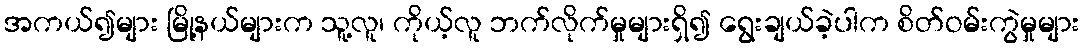
အကယ်၍များ မြို့နယ်များက သူ့လူ၊ ကိုယ့်လူ ဘက်လိုက်မှုများရှိ၍ ရွေးချယ်ခဲ့ပါက စိတ်ဝမ်းကွဲမှုများ